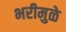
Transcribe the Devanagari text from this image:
भरीमुळे